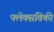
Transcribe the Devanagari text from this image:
फ्लेक्सविकी